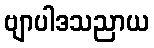
ဗျာပါဒသညာယ